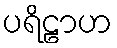
ပရိဠာဟ